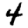
Digit: 4